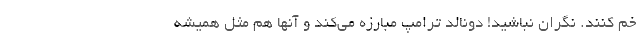
خم کنند. نگران نباشید! دونالد ترامپ مبارزه می‌کند و آنها هم مثل همیشه